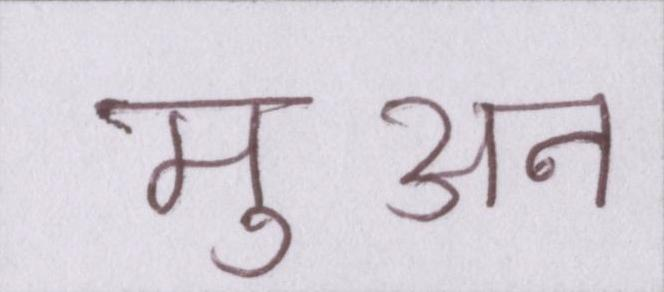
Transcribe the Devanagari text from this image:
मुअन